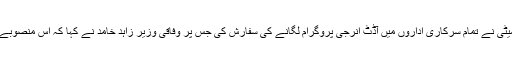
اجلاس میں قائمہ کمیٹی نے تمام سرکاری اداروں میں آڈٹ انرجی پروگرام لگانے کی سفارش کی جس پر وفاقی وزیر زاہد خامد نے کہا کہ اس منصوبے پر کام ہور ہا ہے ۔